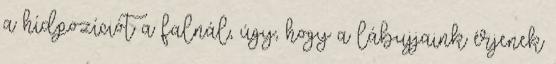
a hídpozíciót a falnál, úgy, hogy a lábujjaink érjenek